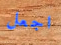
اجعل